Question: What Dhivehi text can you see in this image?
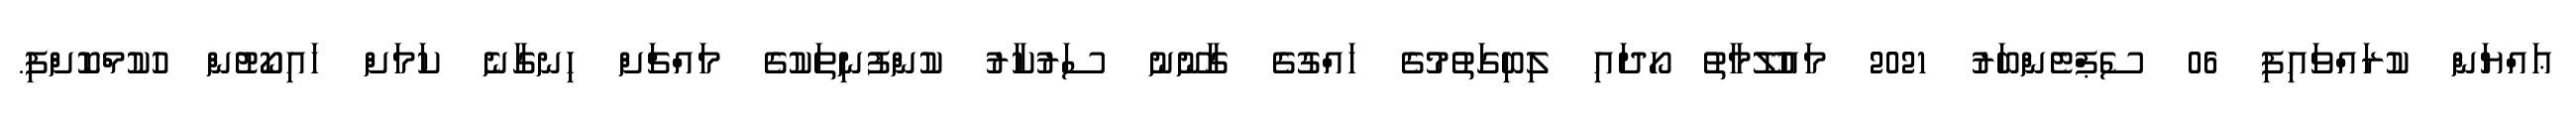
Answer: ޢައްޔަން ކުރައްވައިފި 06 ސެޕްޓެންބަރު 2021 މައުލޫމާތު ހޯދައި ލިބިގަތުމުގެ ހައްގުގެ ގާނޫނު ސަރުކާރު ކުންފުނިތަކުގެ މައްޗަށް ހިނގާނެ ކަމަށް ހައިކޯޓުން ހުކުމްކޮށްފި.